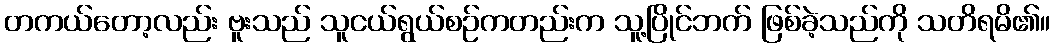
တကယ်တော့လည်း ဗူးသည် သူငယ်ရွယ်စဉ်ကတည်းက သူ့ပြိုင်ဘက် ဖြစ်ခဲ့သည်ကို သတိရမိ၏။